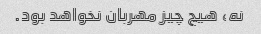
نه، هیچ چیز مهربان نخواهد بود.